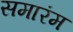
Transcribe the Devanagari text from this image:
समारंम